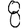
Digit: 8